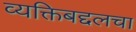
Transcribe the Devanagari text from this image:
व्यक्तिबद्दलचा